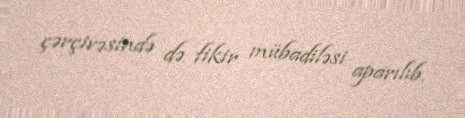
çərçivəsində də fikir mübadiləsi aparılıb.